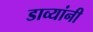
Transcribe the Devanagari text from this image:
डाव्यांनी